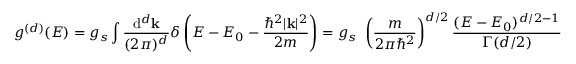
g ^ { ( d ) } ( E ) = g _ { s } \int { \frac { \mathrm { d } ^ { d } \mathbf { k } } { ( 2 \pi ) ^ { d } } } \delta \left( E - E _ { 0 } - { \frac { \hbar ^ { 2 } | \mathbf { k } | ^ { 2 } } { 2 m } } \right) = g _ { s } \ \left( { \frac { m } { 2 \pi \hbar ^ { 2 } } } \right) ^ { d / 2 } { \frac { ( E - E _ { 0 } ) ^ { d / 2 - 1 } } { \Gamma ( d / 2 ) } }